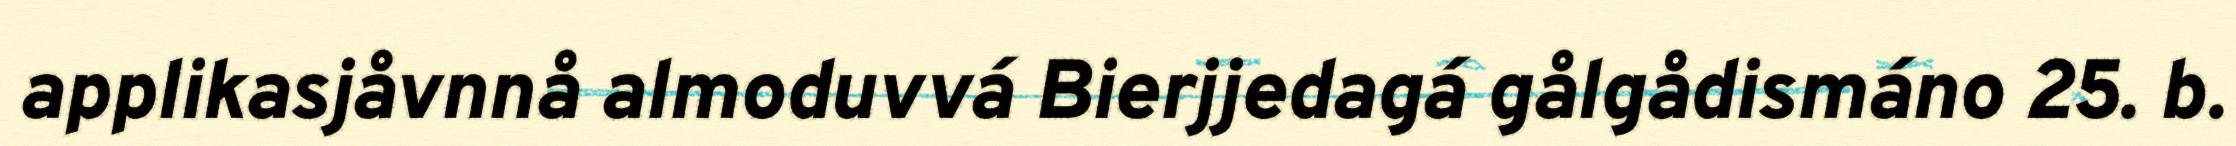
applikasjåvnnå almoduvvá Bierjjedagá gålgådismáno 25. b.